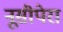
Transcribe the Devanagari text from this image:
नूसीपेरा